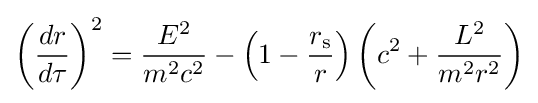
{\left({\frac {dr}{d\tau }}\right)}^{2}={\frac {E^{2}}{m^{2}c^{2}}}-\left(1-{\frac {r_{\text{s}}}{r}}\right)\left(c^{2}+{\frac {L^{2}}{m^{2}r^{2}}}\right)